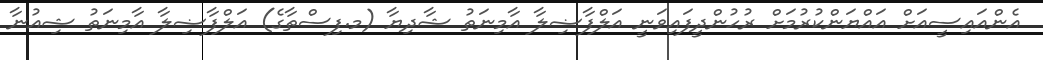
އެންއައިސީއަށް އައްޔަންކުރުމަށް ރުހުންދީފައިވަނީ އަލްފާޟިލާ އާމިނަތު ޝާދިޔާ (މ.ފިސްތާގެ) އަލްފާޟިލާ އާމިނަތު ޝިއުނާ